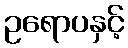
ဥရောပနှင့်